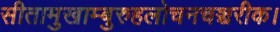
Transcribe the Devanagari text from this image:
सीतामुखाम्बुरुहलोचनचञ्चरीक।